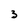
Character: 3